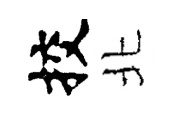
挍北